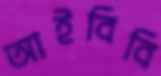
আইবিবি